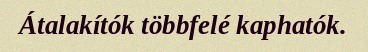
Átalakítók többfelé kaphatók.